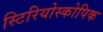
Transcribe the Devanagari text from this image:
स्टिरियोस्कोपिक